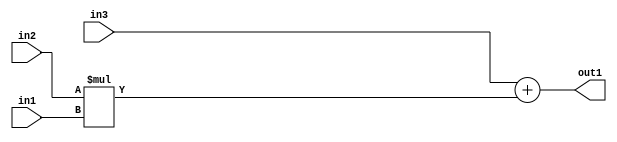
`timescale 1ps / 1ps
/*****************************************************************************
    Verilog RTL Description
    
    
    Created by: Stratus DpOpt 2019.1.01 
*******************************************************************************/

module st_feature_addr_gen_Add2Mul2u8u16u16_4_4 (
	in3,
	in2,
	in1,
	out1
	); /* architecture "behavioural" */ 
input [15:0] in3,
	in2;
input [7:0] in1;
output [15:0] out1;
wire [15:0] asc001;

wire [15:0] asc001_tmp_0;
assign asc001_tmp_0 = 
	+(in3);
assign asc001 = asc001_tmp_0
	+(in2 * in1);

assign out1 = asc001;
endmodule

/* CADENCE  uLHwTAg= : u9/ySgnWtBlWxVPRXgAZ4Og= ** DO NOT EDIT THIS LINE ******/